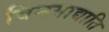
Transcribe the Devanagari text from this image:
विनयाद्याति